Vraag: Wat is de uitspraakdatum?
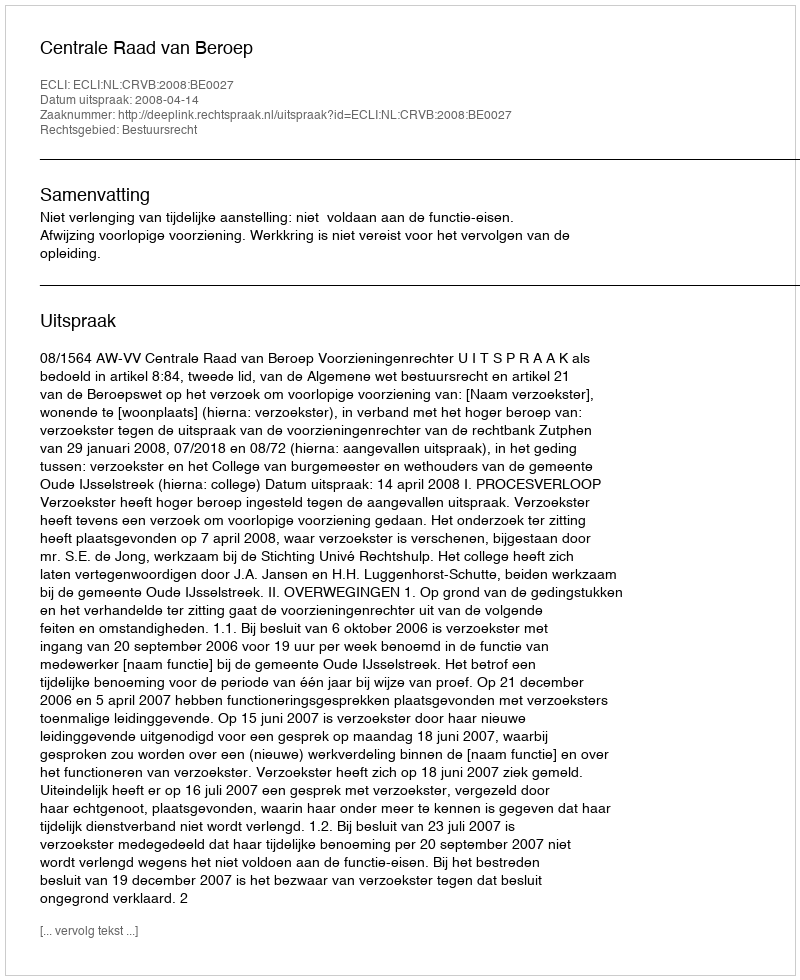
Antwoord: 2008-04-14